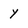
Character: y